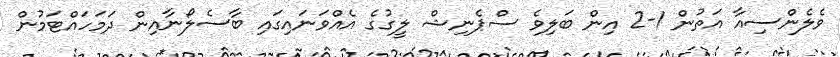
ވެލެންސިއާ އަތުން 1-2 އިން ބަލިވެ ސްޕެނިޝް ލީގުގެ އެއްވަނައިގައި ބާސެލޯނާއިން ދަމަހައްޓަމުން